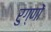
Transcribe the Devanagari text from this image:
रुग्णों